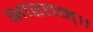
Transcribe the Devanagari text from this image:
भारतम्॥